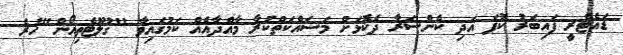
ޑައެޓްރީ ފައިބަރު ކޮޕަ އަދި ކެންސަރާ ދެކޮޅަށް މަސައްކަތްކުރާ މާއްދާއެއް ކަމުގައިވާ "ގުލޫޓެތިއޯން"ހުރެ